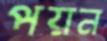
পয়ন